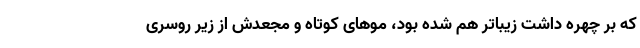
که بر چهره داشت زیباتر هم شده بود، موهای کوتاه و مجعدش از زیر روسری